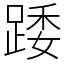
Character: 踒